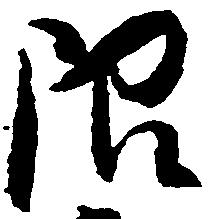
限